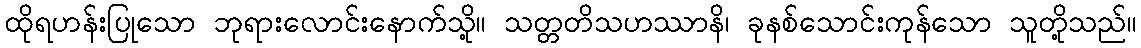
ထိုရဟန်းပြုသော ဘုရားလောင်းနောက်သို့။ သတ္တတိသဟဿာနိ၊ ခုနစ်သောင်းကုန်သော သူတို့သည်။